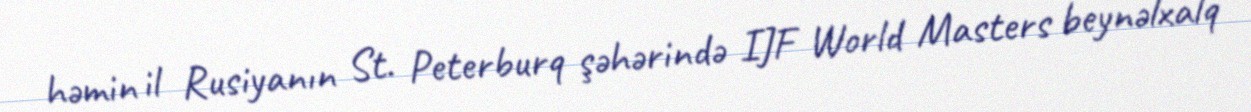
həmin il Rusiyanın St. Peterburq şəhərində IJF World Masters beynəlxalq